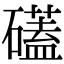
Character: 礚